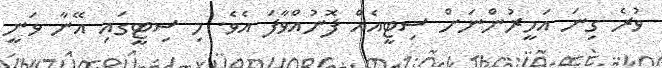
ވުރެ ގިނަ އަމީރުންނަށް ސިޓީއެއް ފޮނުއްވާފަ އެވެ. މި ސިޓީގައި އޭނާ ވަނީ